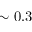
\sim 0 . 3